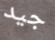
جيد